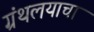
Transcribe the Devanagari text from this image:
ग्रंथलयाचा